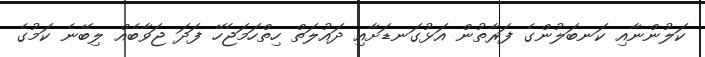
ކަލުންނާއި ކަނބަލުންގެ ފަރާތުން އަޅުގަނޑަށާއި ދައުލަތް ހިތްހަމަޖެހޭ ފަދަ ޖަވާބެއް ލިބޭނެ ކަމުގެ